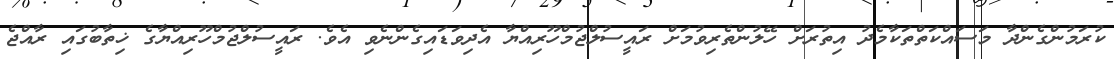
ކުރަމުންގެންދާ މަސައްކަތްތަކާމެދު އިތުރަށް ހޭލުންތެރިވުމަށް ރައީސުލްޖުމްހޫރިއްޔާ އެދިވަޑައިގެންނެވި އެވެ. ރައީސުލްޖުމްހޫރިއްޔާގެ ޚިތާބުގައި ރާއްޖެ